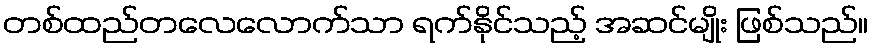
တစ်ထည်တလေလောက်သာ ရက်နိုင်သည့် အဆင်မျိုး ဖြစ်သည်။